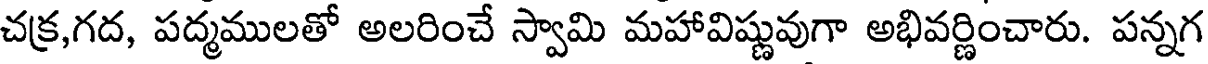
చక్ర,గద, పద్మములతో అలరించే స్వామి మహావిష్ణువుగా అభివర్ణించారు. పన్నగ